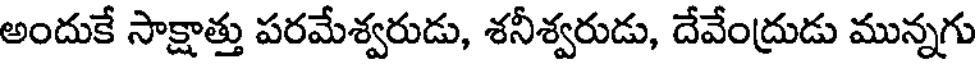
అందుకే సాక్షాత్తు పరమేశ్వరుడు, శనీశ్వరుడు, దేవేంద్రుడు మున్నగు